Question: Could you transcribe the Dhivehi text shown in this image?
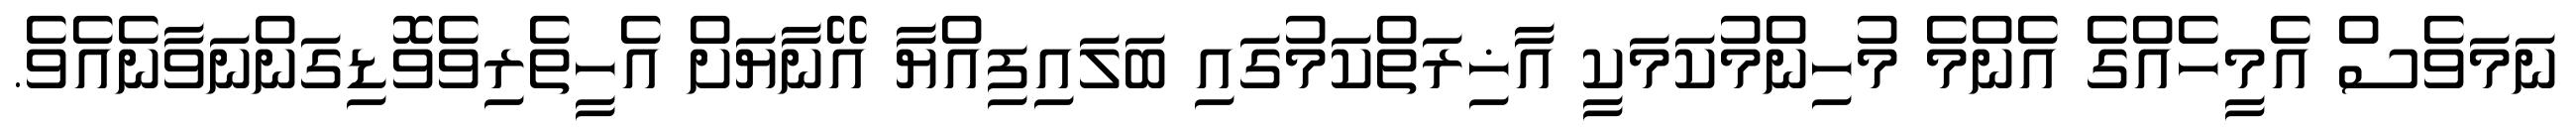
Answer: ނަމަވެސް އެމީހެއްގެ އެންމެ މުހިންމުކަމަކީ އާޚިރަތްކަމުގައި ބަލައިފިއްޔާ އޭނާޔަށް އެހީތެރިވެވޮޑިގަންނަވާނެއެވެ.